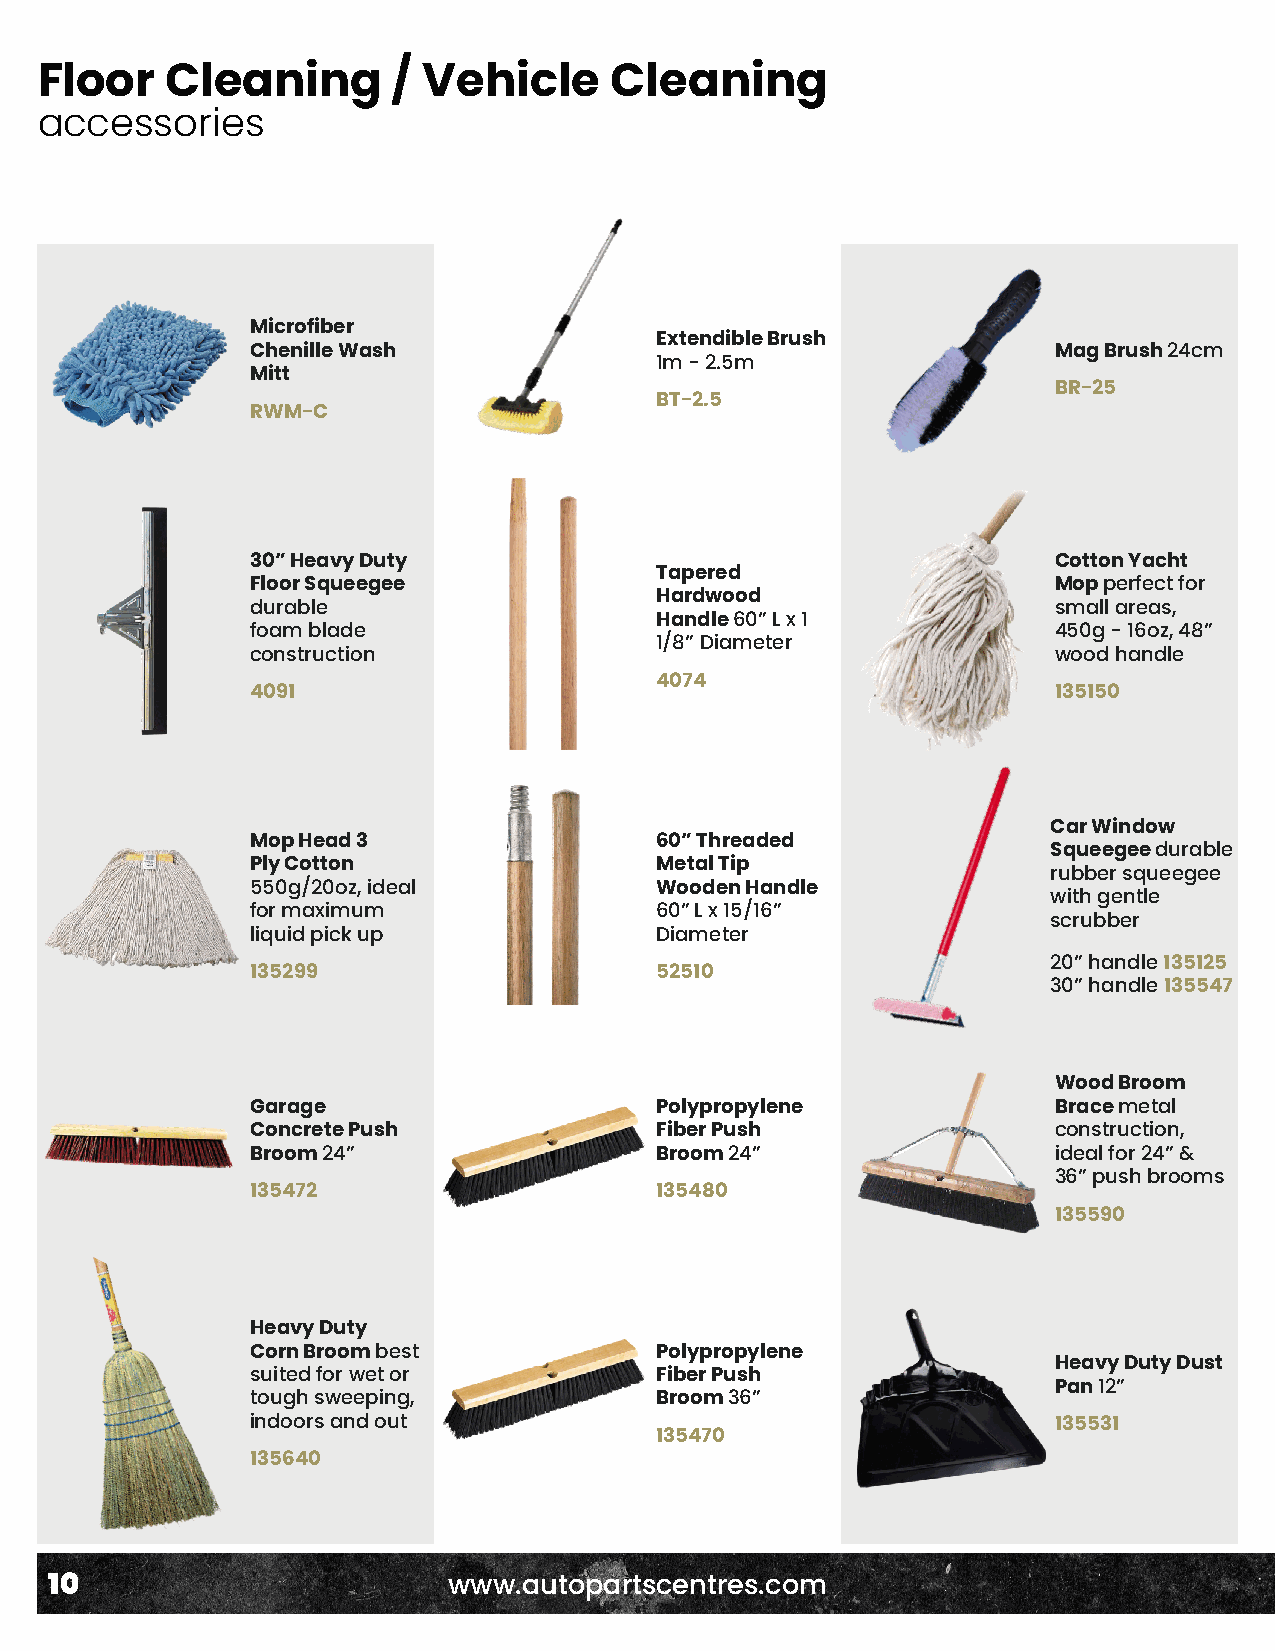
Floor    Cleaning       / Vehicle     Cleaning
 accessories
 Microfiber
 Extendible Brush
 Chenille Wash                                        Mag Brush 24cm
 1m - 2.5m
 Mitt
 BR-25
 BT-2.5
 RWM-C
 30” Heavy Duty                                       Cotton Yacht
 Tapered
 Floor Squeegee                                       Mop perfect for
 Hardwood
 durable                                              small areas,
 Handle 60” L x 1
 foam blade                                           450g - 16oz, 48”
 1/8” Diameter
 construction                                         wood handle
 4074
 4091                                                 135150
 Car Window
 Mop Head 3                60” Threaded
 Squeegee durable
 Ply Cotton                Metal Tip
 rubber squeegee
 550g/20oz, ideal          Wooden Handle
 with gentle
 for maximum               60” L x 15/16”
 scrubber
 liquid pick up            Diameter
 20” handle 135125
 135299                    52510
 30” handle 135547
 Wood Broom
 Garage                    Polypropylene              Brace metal
 Concrete Push             Fiber Push                 construction,
 Broom 24”                 Broom 24”                  ideal for 24” &
 36” push brooms
 135472                    135480
 135590
 Heavy Duty
 Corn Broom best           Polypropylene
 Heavy Duty Dust
 suited for wet or         Fiber Push
 Pan 12”
 tough sweeping,           Broom 36”
 indoors and out                                      135531
 135470
 135640
 10                         www.autopartscentres.com